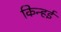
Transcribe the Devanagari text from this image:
किन्हई